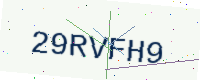
Text: 29RVFH9